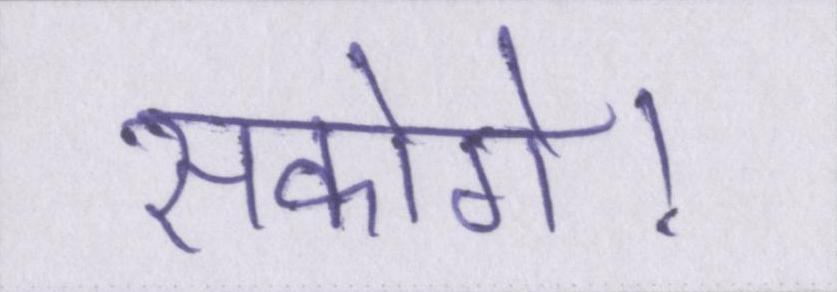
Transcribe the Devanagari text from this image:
सकोगे।